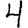
Digit: 4